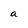
Character: a